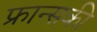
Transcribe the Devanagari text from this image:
फ्रान्सकी